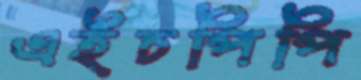
এইচপিপি